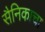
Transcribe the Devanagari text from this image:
सैनिकाचा